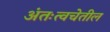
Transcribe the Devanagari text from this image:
अंतःत्वचेतील